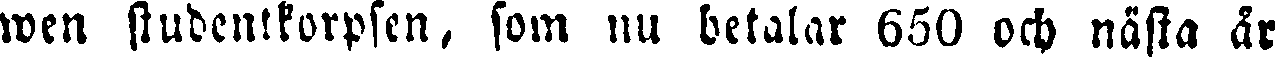
wen studentkorpsen, som nu betalar 650 och nästa år